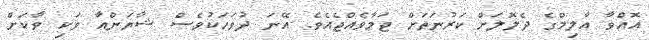
އޮއްވާ އާލިމްގެ ދެލޮލަށް ކަރުނަތަށް ޖަމާވެއްޖެއެވެ. އޭނަ ދުވަހަކުވެސް ޝާޔަންއާ ވަކި ވާކަށް